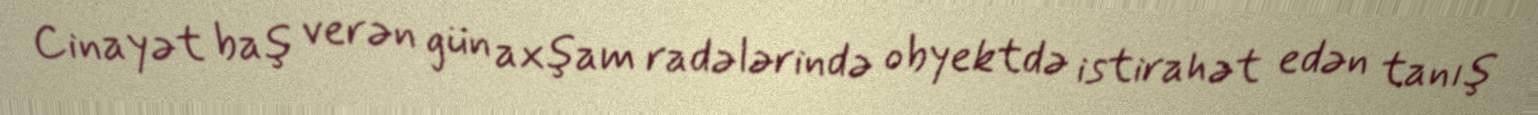
Cinayət baş verən gün axşam radələrində obyektdə istirahət edən tanış